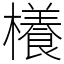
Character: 𣞼